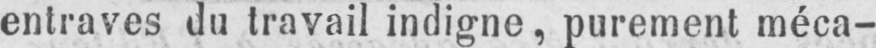
entraves du travail indigne, purement méca-